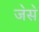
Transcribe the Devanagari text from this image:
ज॓स॓